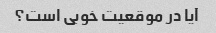
آیا در موقعیت خوبی است؟